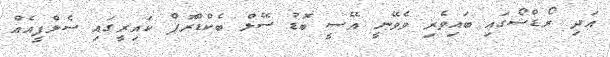
އަދި ރޯޑްޝޯގައި ބައިވެރި ވެވޭނީ އޭސީ ބޮޑު ސޭލް ބެކްޑްރޮޕް ކައިރީގައި ސެލްފީއެއް